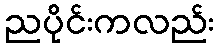
ညပိုင်းကလည်း